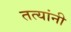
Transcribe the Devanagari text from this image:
तत्यांनी